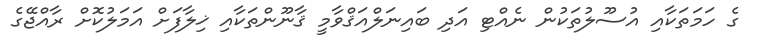
ގެ ހަމަތަކާއި އުސޫލުތަކުން ނެއްޓި އަދި ބައިނަލްއަޤްވާމީ ޤާނޫންތަކާއި ޚިލާފަށް އަމަލުކޮށް ރާއްޖޭގެ